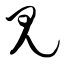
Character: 见